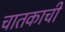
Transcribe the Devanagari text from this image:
चातकाची